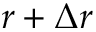
r + \Delta r